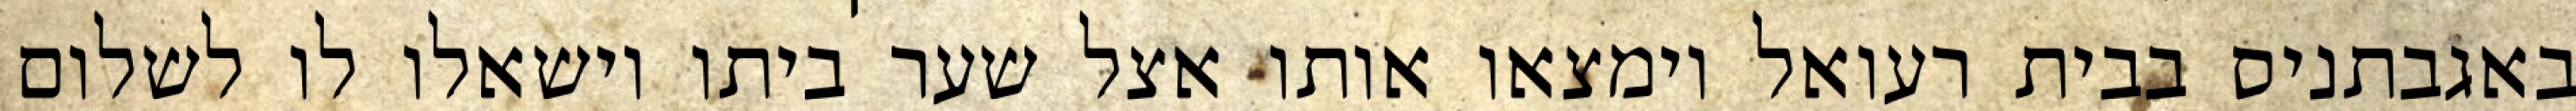
באגבתניס בבית רעואל וימצאו אותו אצל שער ביתו וישאלו לו לשלום